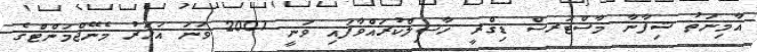
އާމިނަތު ޝިފާނާ މާސްޓަރސް ޑިގްރީ ހާސިލްކުރައްވާފައި ވަނީ 2007 ވަނަ އަހަރު މެނޭޖްމަންޓްގެ